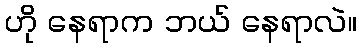
ဟို နေရာက ဘယ် နေရာလဲ။